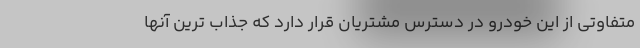
متفاوتی از این خودرو در دسترس مشتریان قرار دارد که جذاب ترین آنها